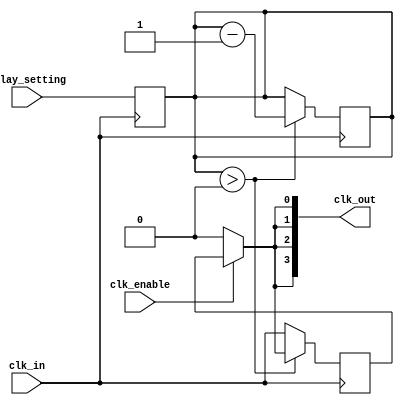
module ClockTreeBuffer #(
    parameter NUM_OUTPUTS = 4,       // Number of output clocks
    parameter DELAY_WIDTH = 4,        // Width for programmable delay
    parameter DRIVE_STRENGTH = 2      // Drive strength parameter
)(
    input wire clk_in,                // Input clock signal
    input wire [DELAY_WIDTH-1:0] delay_setting, // Programmable delay setting
    input wire clk_enable,            // Clock gating enable signal
    output wire [NUM_OUTPUTS-1:0] clk_out // Output clock signals
);

    // Internal signal for delayed clock
    wire clk_delayed;

    // Clock gating logic
    wire gated_clk = clk_enable ? clk_delayed : 1'b0;

    // Simple clock delay using a register
    reg [DELAY_WIDTH-1:0] delay_counter;
    
    always @(posedge clk_in) begin
        delay_counter <= delay_setting;
    end

    // Generate delayed clock signal
    always @(posedge clk_in) begin
        if (delay_counter > 0) begin
            clk_delayed <= gated_clk;
            delay_counter <= delay_counter - 1;
        end else begin
            clk_delayed <= clk_in;
        end
    end

    // Output clock generation
    genvar i;
    generate
        for (i = 0; i < NUM_OUTPUTS; i = i + 1) begin : clk_output_gen
            // Adjust drive strength using a buffer or inverter
            assign clk_out[i] = gated_clk; // Simplified drive strength handling
        end
    endgenerate

endmodule